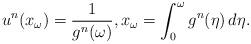
LaTeX: \begin{align*} u^n(x_\omega) = \frac{1}{g^n(\omega)}, x_\omega = \int_0^\omega g^n(\eta)\, d\eta.\end{align*}